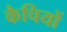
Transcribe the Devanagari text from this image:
कैचियों